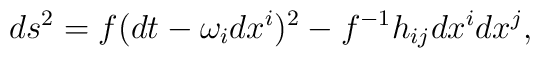
ds^2=f(dt-\omega _idx^i)^2-f^{-1}h_{ij}dx^idx^j,